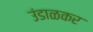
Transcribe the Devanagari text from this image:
उंडाळकर